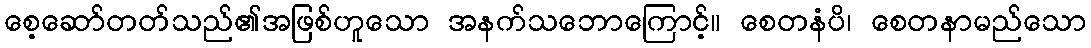
စေ့ဆော်တတ်သည်၏အဖြစ်ဟူသော အနက်သဘောကြောင့်။ စေတနံပိ၊ စေတနာမည်သော